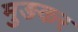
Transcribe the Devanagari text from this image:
मुङकर